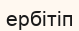
ербітіп